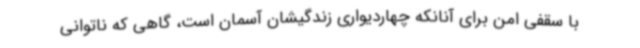
با سقفی امن برای آنانکه چهاردیواری زندگیشان آسمان است، گاهی که ناتوانی